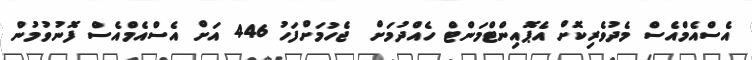
އެސްއެމްއެސް މެދުވެރިކޮށް އެޕޮއިންޓްމަންޓް ހެއްދުމަށް  ޖެހުމަށްފަހު 446 އަށް އެސްއެމްއެސް ފޮނުވުމުން